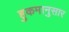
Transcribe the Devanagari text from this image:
हुकमानुसार